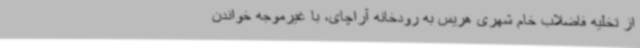
از تخلیه فاضلاب خام شهری هریس به رودخانه آراچای، با غیرموجه خواندن